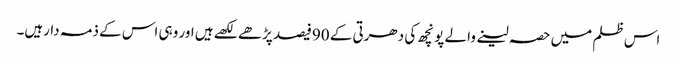
اس ظلم میں حصہ لینے والے پونچھ کی دھرتی کے 90فیصد پڑھے لکھے ہیں اور وہی اس کے ذمہ دارہیں۔